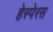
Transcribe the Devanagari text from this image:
हेस्पेरस